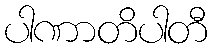
ပါဏာတိပါတီ